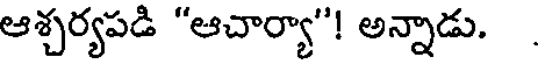
ఆశ్చర్యపడి "ఆచార్యా"! అన్నాడు.